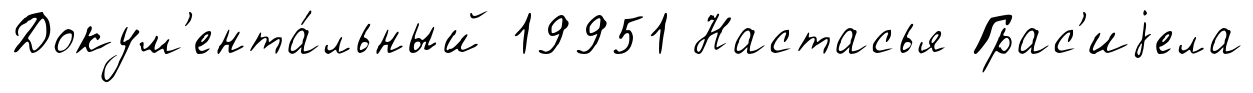
Докум'ента́льный 19951 Настасья Грас'иjела